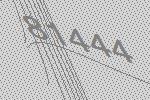
81444